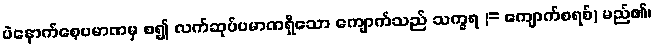
ပဲနောက်စေ့ပမာဏမှ စ၍ လက်ဆုပ်ပမာဏရှိသော ကျောက်သည် သက္ခရ (= ကျောက်စရစ်) မည်၏၊